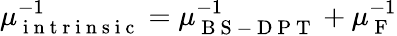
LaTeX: \mu_{\mathrm{~i~n~t~r~i~n~s~i~c~}}^{-1}=\mu_{\mathrm{~B~S~-~D~P~T~}}^{-1}+\mu_{\mathrm{~F~}}^{-1}